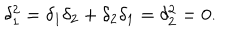
LaTeX: \delta _ { 1 } ^ { 2 } = \delta _ { 1 } \delta _ { 2 } + \delta _ { 2 } \delta _ { 1 } = \delta _ { 2 } ^ { 2 } = 0 .